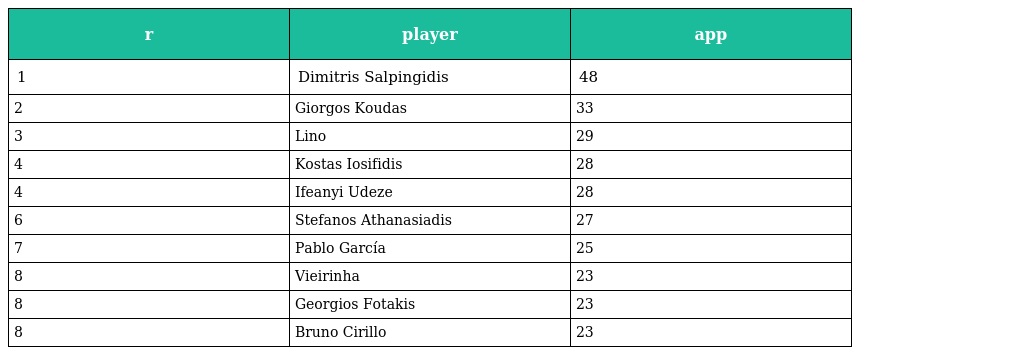
| r | player | app |
 | --- | --- | --- |
 | 1 | Dimitris Salpingidis | 48 |
 | 2 | Giorgos Koudas | 33 |
 | 3 | Lino | 29 |
 | 4 | Kostas Iosifidis | 28 |
 | 4 | Ifeanyi Udeze | 28 |
 | 6 | Stefanos Athanasiadis | 27 |
 | 7 | Pablo García | 25 |
 | 8 | Vieirinha | 23 |
 | 8 | Georgios Fotakis | 23 |
 | 8 | Bruno Cirillo | 23 |